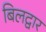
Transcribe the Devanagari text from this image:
बिलद्वार